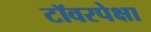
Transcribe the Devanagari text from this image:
टॉवरपेक्षा